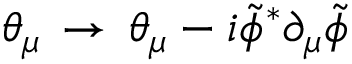
\theta _ { \mu } \, \to \, \theta _ { \mu } - i { \tilde { \phi } } ^ { * } \partial _ { \mu } { \tilde { \phi } }